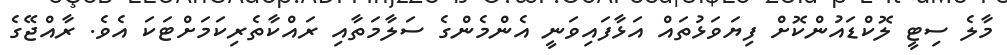
މާލެ ސިޓީ ލޮކްޑައުންކޮށް ފިޔަވަޅުތައް އަޅާފައިވަނީ އެންމެންގެ ސަލާމަތާއި ރައްކާތެރިކަމަށްޓަކަ އެވެ. ރާއްޖޭގެ